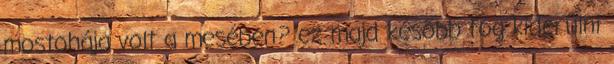
mostohája volt a mesében? ez majd később fog kiderülni